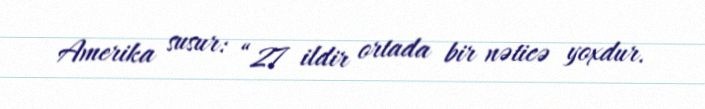
Amerika susur: “27 ildir ortada bir nəticə yoxdur.